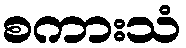
စကားသံ